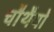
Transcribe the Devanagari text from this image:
चौथैयों